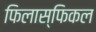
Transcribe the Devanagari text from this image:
फिलास्फिकल